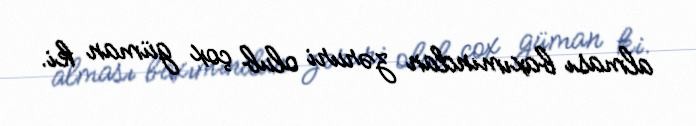
alması baxımından zəruri olub çox güman ki.